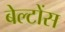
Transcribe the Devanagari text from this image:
बेल्टोंस